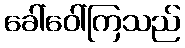
ခေါ်ဝေါ်ကြသည်